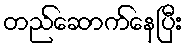
တည်ဆောက်နေပြီး